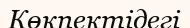
Көкпектідегі